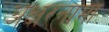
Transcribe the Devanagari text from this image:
अक्षरनामा